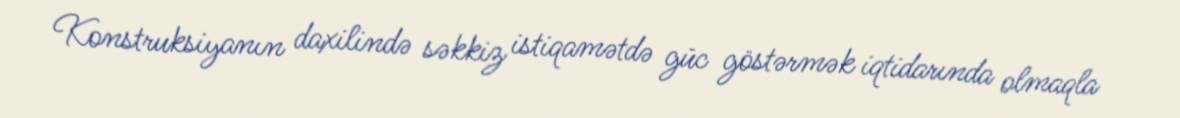
Konstruksiyanın daxilində səkkiz istiqamətdə güc göstərmək iqtidarında olmaqla